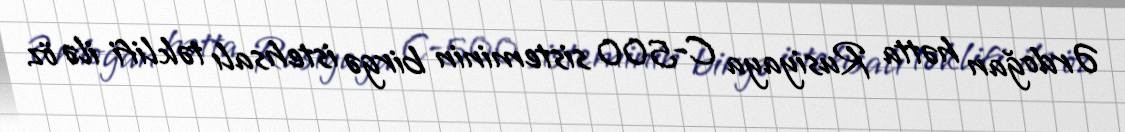
Ərdoğan hətta Rusiyaya C-500 sisteminin birgə istehsalı təklifi ilə öz